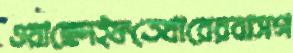
ওয়াছেদইফতেখারেরবাসগ